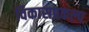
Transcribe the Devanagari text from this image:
विकासप्रकल्प